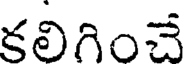
కలిగించే